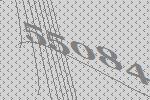
55084